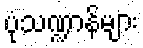
ပုံသဏ္ဍာန်များ